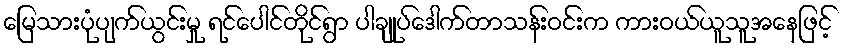
မြေသားပုံပျက်ယွင်းမှု ရင်ပေါင်တိုင်ရွာ ပါချုပ်ဒေါက်တာသန်းဝင်းက ကားဝယ်ယူသူအနေဖြင့်